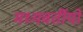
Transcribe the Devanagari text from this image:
मध्यवर्तीयों